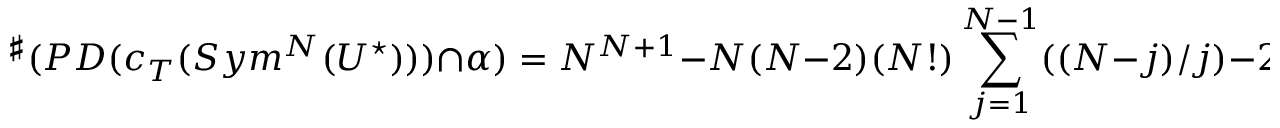
{ } ^ { \sharp } ( P D ( c _ { T } ( S y m ^ { N } ( U ^ { \star } ) ) ) \cap \alpha ) = N ^ { N + 1 } - N ( N - 2 ) ( N ! ) \sum _ { j = 1 } ^ { N - 1 } ( ( N - j ) / j ) - 2 N ( N ! )